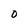
Character: O